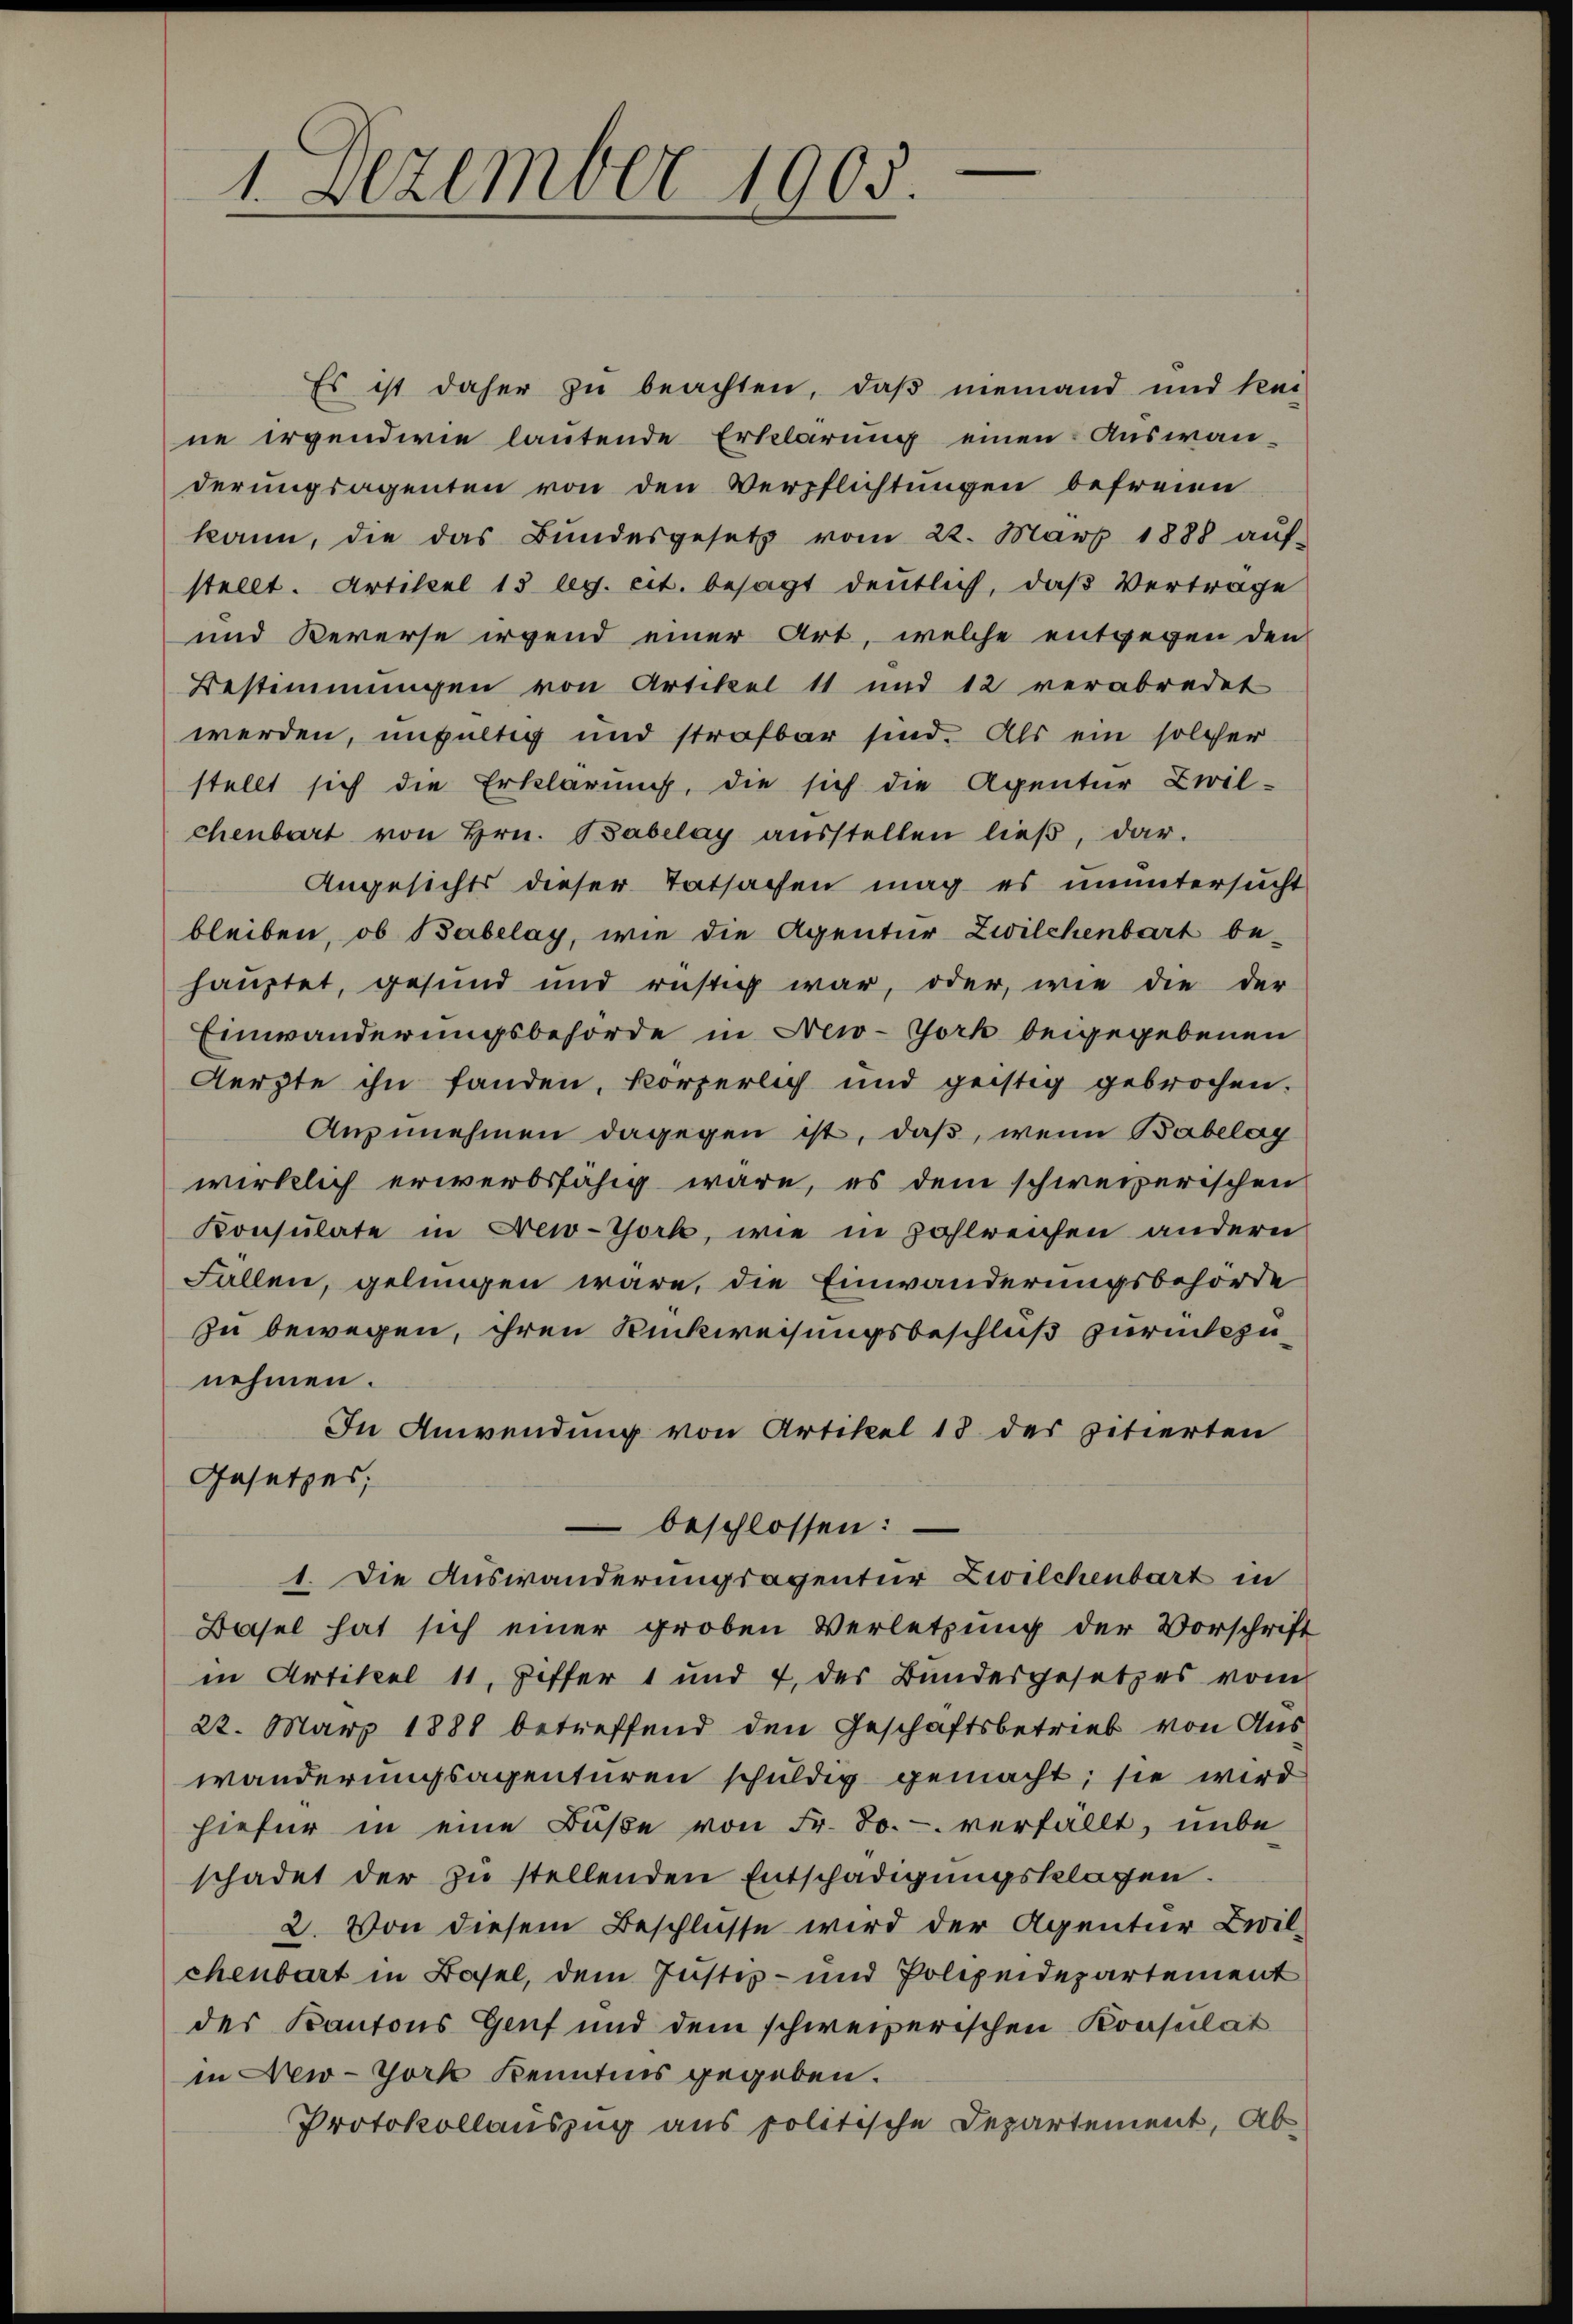
1 Dezember 1905.

Es ist daher zu beachten, daß niemand und kei
ne irgendwie lautende Erklärung einen Auswan-
derungsagenten von den Verpflichtungen befreien
kann, die das Bŭndesgesetz vom 22. März 1888 aŭf-
stellt. Artikel 13 leg. cit. besagt deutlich, daß Vertrage
und Kererse irgend einer Art, welche entgegen den
Bestimmungen von Artikel 11 und 12 verabredet
werden, ungültig und strafbar sind. Als ein solcher
stellt sich die Erklärung, die sich die Agentur Zwil-
chenbart von Hrn. Babelay aŭsstellen lieβ, dar-
Angesichts dieser Tatsachen mag es ununtersucht
bleiben, ob Babelay, wie die Agentur Zwilchenbart be-
hauptet, gesund und rüstig war, oder, wie die der
Einwanderungsbehörde in New-York beigegebenen
Aerzte ihn fanden, körperlich und geistig gebrochen.
Anzunehmen dagegen ist, daß, wenn Babelag
wirklich erwerbsfähig wäre, es dem schweizerischen
Konsulate in New-York, wie in zahlreichen andern
Fällen, gelungen wäre, die Einwanderungsbehörde
zu bewegen, ihren Rückweisungsbeschluß zurückzunehmen.
In Anwendung von Artikel 18 des zitierten
Gesetzes,
 beschlossen:
1. Die Auswanderungsagentur Zwilchenbart in
Basel hat sich einer groben Verletzung der Vorschrift
in Artikel 11, Ziffer 1 und 4 des Bundesgesetzes vom
22. März 1888 betreffend den Geschäftsbetrieb von Auswanderungsagenturen schuldig gemacht; sie wird
hiefür in eine Buße von Fr. 80. verfällt, unbe
schadet der zu stellenden Entschädigungsklagen.
2. Von diesem Beschlüsse wird der Agentur Zivilchenbart in Basel, dem Justiz- und Polizeidepartement
des Kantons Genf und dem schweizerischen Konsulat
in New-York Kenntnis gegeben.
Protokollauszug aus politische Departement, Ab